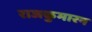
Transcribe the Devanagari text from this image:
राजकुमारन